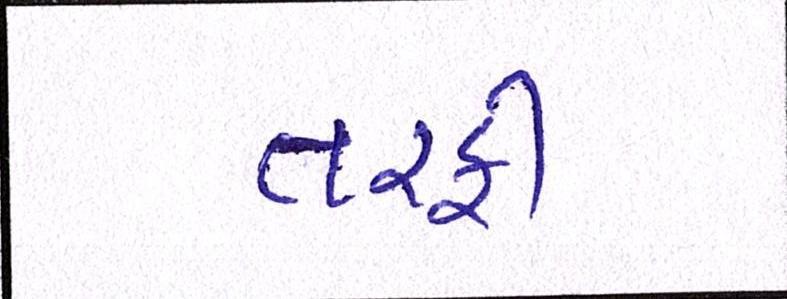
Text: તરફી